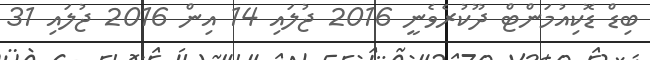
ބިޑް ޑޮކިއުމަންޓް ދޫކުރެވެނީ 2016 ޖުލައި 14 އިން 2016 ޖުލައި 31